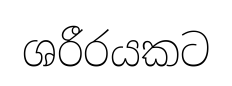
ශරීරයකට